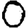
Digit: 0